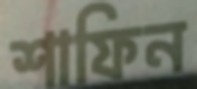
শাফিন